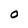
Character: O